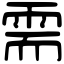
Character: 需